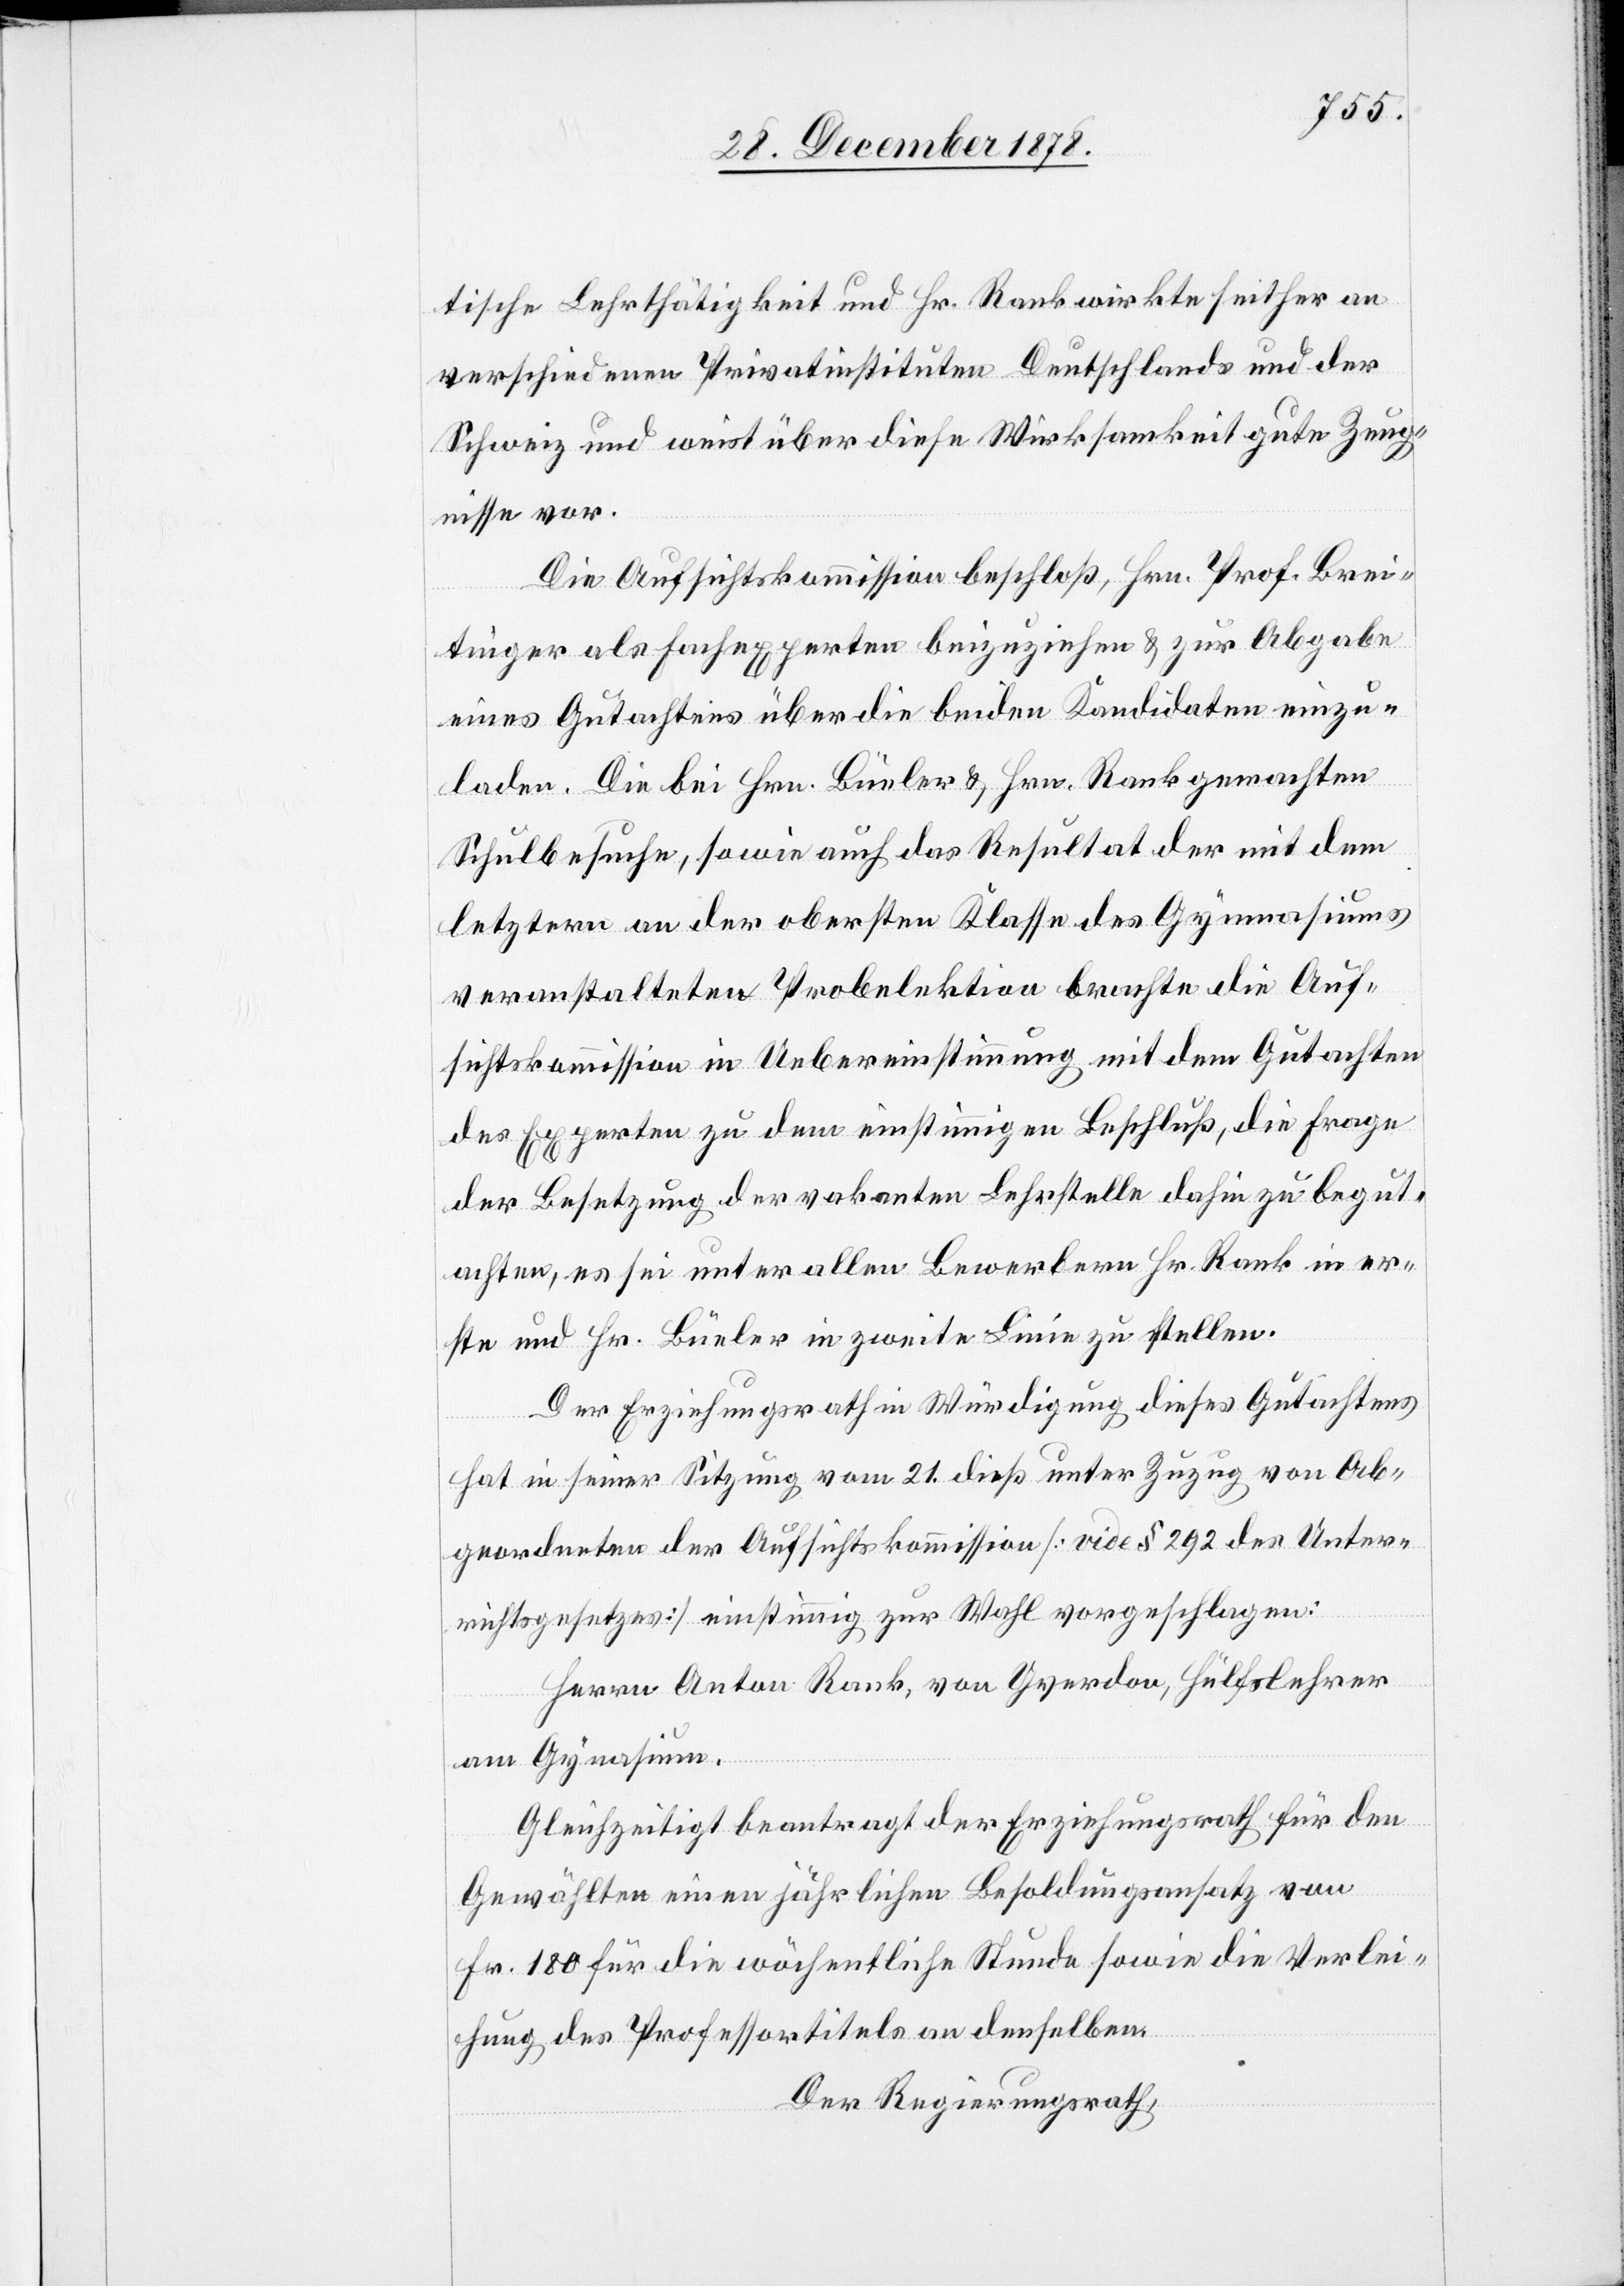
tische Lehrthätigkeit und Hr. Rank wirkte seither an
verschiedenen Privatinstituten Deutschlands und der
Schweiz und weist über diese Wirksamkeit gute Zeug¬
nisse vor.
Die Aufsichtskommission beschloß, Hr. Prof. Brei¬
tinger als Fachexperten beizuziehen & zur Abgabe
eines Gutachtens über die beiden Kandidaten einzu¬
laden. Die bei Hrn. Büeler & Hrn. Rank gemachten
Schulbesuche, sowie auch das Resultat der mit dem
letztern an der obersten Klasse des Gymnasiums
veranstalteten Probelektion brachte die Auf¬
sichtskommission in Uebereinstimmung mit dem Gutachten
des Experten zu dem einstimmigen Beschluß, die Frage
der Besetzung der vakanten Lehrstelle dahin zu begut¬
achten, es sei unter allen Bewerbern Hr. Rank in er¬
ste und Hr. Büeler in zweite Linie zu stellen.
Der Erziehungsrath in Würdigung dieses Gutachtens
hat in seiner Sitzung vom 21. dieß unter Zuzug von Ab¬
geordneten der Aufsichtskommission [vide § 292 des Unter¬
richtsgesetzes] einstimmig zur Wahl vorgeschlagen:
Herrn Anton Rank, von Yverdon, Hülfslehrer
am Gymnasium.
Gleichzeitigt [sic!] beantragt der Erziehungsrath für den
Gewählten einen jährlichen Besoldungsansatz von
Fr. 180 für die wöchentliche Stunde sowie die Verlei¬
hung des Professortitels an denselben.
Der Regierungsrath,